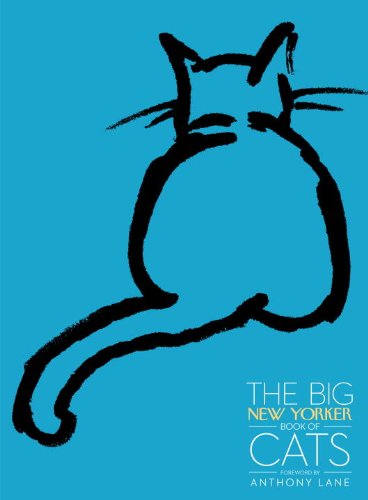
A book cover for The Big New Yorker Book of Cats; The New Yorker Magazine; Humor & Entertainment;